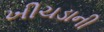
ખીચડાની